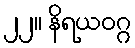
၂၂။ နိရယဝဂ္ဂ